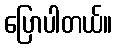
ပြောပါတယ်။